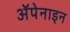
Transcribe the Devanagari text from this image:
ॲपेनाइन